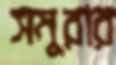
সমুরার